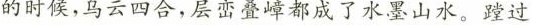
的时候,乌云四合，层峦叠嶂都成了水墨山水。蹚过